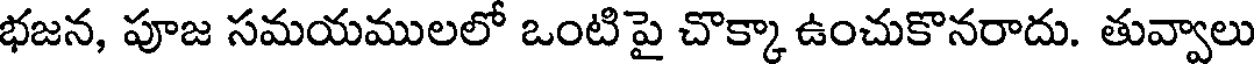
భజన, పూజ సమయములలో ఒంటిపై చొక్కా ఉంచుకొనరాదు. తువ్వాలు